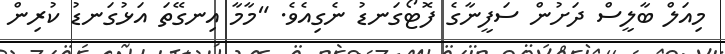
މިއަލް ބާލީސް ދަށުން ސަފީނާގެ ފޮޓޯގަނޑު ނެގިއެވެ. "މާމާ އިނގޭތަ އަޅުގަނޑު ކުރިން